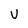
Character: V